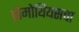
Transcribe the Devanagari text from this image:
प्रोमोथियसचा